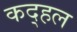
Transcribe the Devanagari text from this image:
कद्हल